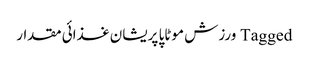
Tagged ورزش موٹاپا پریشان غذائی مقدار